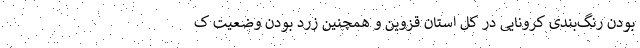
بودن رنگ‌بندی کرونایی در کل استان قزوین و همچنین زرد بودن وضعیت ک